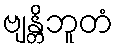
ဗျန္တိဘူတံ